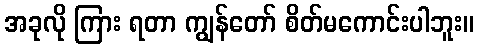
အခုလို ကြား ရတာ ကျွန်တော် စိတ်မကောင်းပါဘူး။